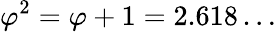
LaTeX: \varphi^{2}=\varphi+1=2.618\dots